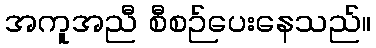
အကူအညီ စီစဉ်ပေးနေသည်။